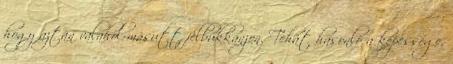
hogy aztán valahol másutt felbukkanjon. Tehát hasonló a képessége,